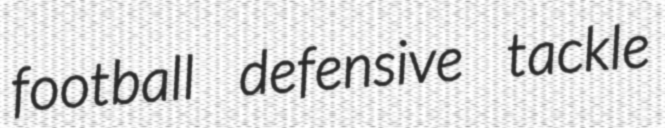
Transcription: football defensive tackle